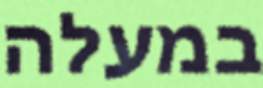
במעלה